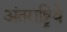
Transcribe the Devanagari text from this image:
अंतराष्ट्रिये